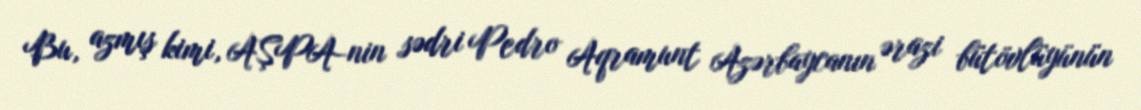
Bu, azmış kimi, AŞPA-nin sədri Pedro Aqramunt Azərbaycanın ərazi bütövlüyünün